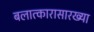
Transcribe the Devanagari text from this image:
बलात्कारासारख्या